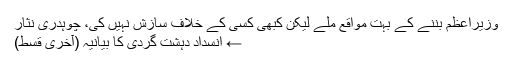
وزیراعظم بننے کے بہت مواقع ملے لیکن کبھی کسی کے خلاف سازش نہیں کی، چوہدری نثار
← انسداد دہشت گردی کا بیانیہ (آخری قسط)